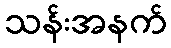
သန်းအနက်